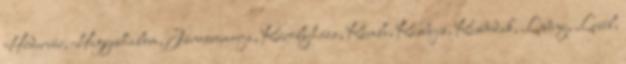
Hédervár, Hegyeshalom, Jánossomorja, Károlyháza, Kimle, Kisbajcs, Kisbodak, Lébény, Levél,